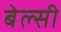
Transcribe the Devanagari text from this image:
बेल्सी